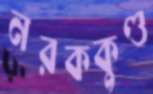
নরককুণ্ড